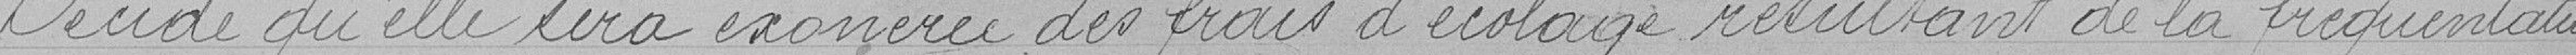
Décide qu'elle sera exonérée des frais d'écolage résultant de la fréquentation